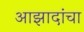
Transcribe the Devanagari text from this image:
आझादांचा